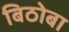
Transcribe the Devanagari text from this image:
बिठोबा